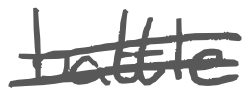
Text: battle
Cross-out: double-line
Writing tool: digital_gray